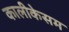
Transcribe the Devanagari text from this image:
कालीकेसम